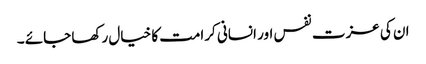
ان کی عزت نفس اور انسانی کرامت کا خیال رکھا جائے ۔